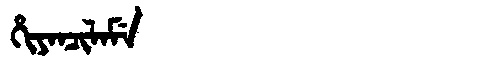
Manchu: ᡥᡳᠶᠠᠨᠴᡳᠯᠠᠮᡝ
Romanization: HIYANCILAME